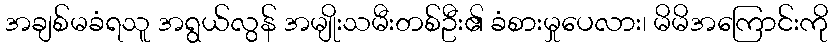
အချစ်မခံရသူ အရွယ်လွန် အမျိုးသမီးတစ်ဦး၏ ခံစားမှုပေလား၊ မိမိအကြောင်းကို